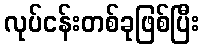
လုပ်ငန်းတစ်ခုဖြစ်ပြီး